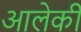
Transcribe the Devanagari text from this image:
आलेकी